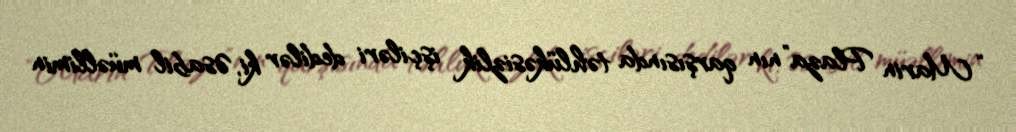
“Marin Plaza”nın qarşısında təhlükəsizlik işçiləri dedilər ki, Əsabil müəllimin